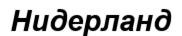
Нидерланд